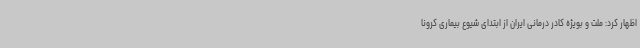
اظهار کرد: ملت و بویژه کادر درمانی ایران از ابتدای شیوع بیماری کرونا